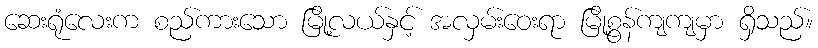
ဆေးရုံလေးက စည်ကားသော မြို့လယ်နှင့် အလှမ်းဝေးရာ မြို့စွန်ကျကျမှာ ရှိသည်။